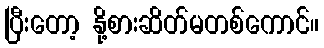
ပြီးတော့ နို့စားဆိတ်မတစ်ကောင်။